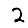
Digit: 2